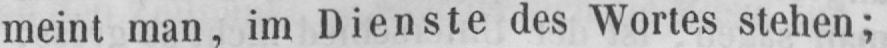
meint man, im Dienste des Wortes stehen;